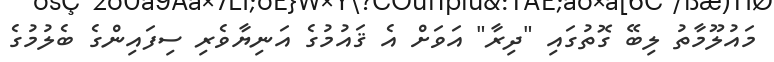
މައުލޫމާތު ލިބޭ ގޮތުގައި "ދިރާ" އަވަށް އެ ޤައުމުގެ އަނިޔާވެރި ސިފައިންގެ ބެލުމުގެ